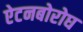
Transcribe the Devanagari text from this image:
ऐटनबोरोघ